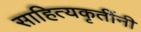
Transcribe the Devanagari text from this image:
साहित्यकृतींनी